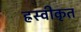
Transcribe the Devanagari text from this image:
ह्रस्वीकृत